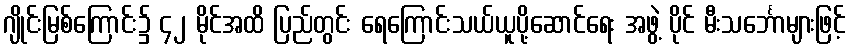
ဂျိုင်းမြစ်ကြောင်း၌ ၄၂ မိုင်အထိ ပြည်တွင်း ရေကြောင်းသယ်ယူပို့ဆောင်ရေး အဖွဲ့ ပိုင် မီးသင်္ဘောများဖြင့်